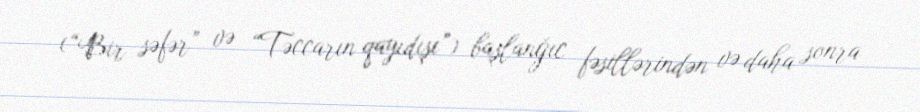
(“Bir səfər” və “Təccarın qayıdışı”) başlanğıc fəsillərindən və daha sonra